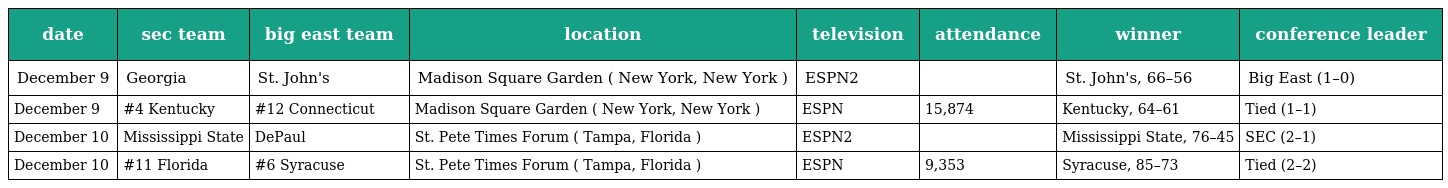
| date | sec team | big east team | location | television | attendance | winner | conference leader |
 | --- | --- | --- | --- | --- | --- | --- | --- |
 | December 9 | Georgia | St. John's | Madison Square Garden ( New York, New York ) | ESPN2 |  | St. John's, 66–56 | Big East (1–0) |
 | December 9 | #4 Kentucky | #12 Connecticut | Madison Square Garden ( New York, New York ) | ESPN | 15,874 | Kentucky, 64–61 | Tied (1–1) |
 | December 10 | Mississippi State | DePaul | St. Pete Times Forum ( Tampa, Florida ) | ESPN2 |  | Mississippi State, 76–45 | SEC (2–1) |
 | December 10 | #11 Florida | #6 Syracuse | St. Pete Times Forum ( Tampa, Florida ) | ESPN | 9,353 | Syracuse, 85–73 | Tied (2–2) |